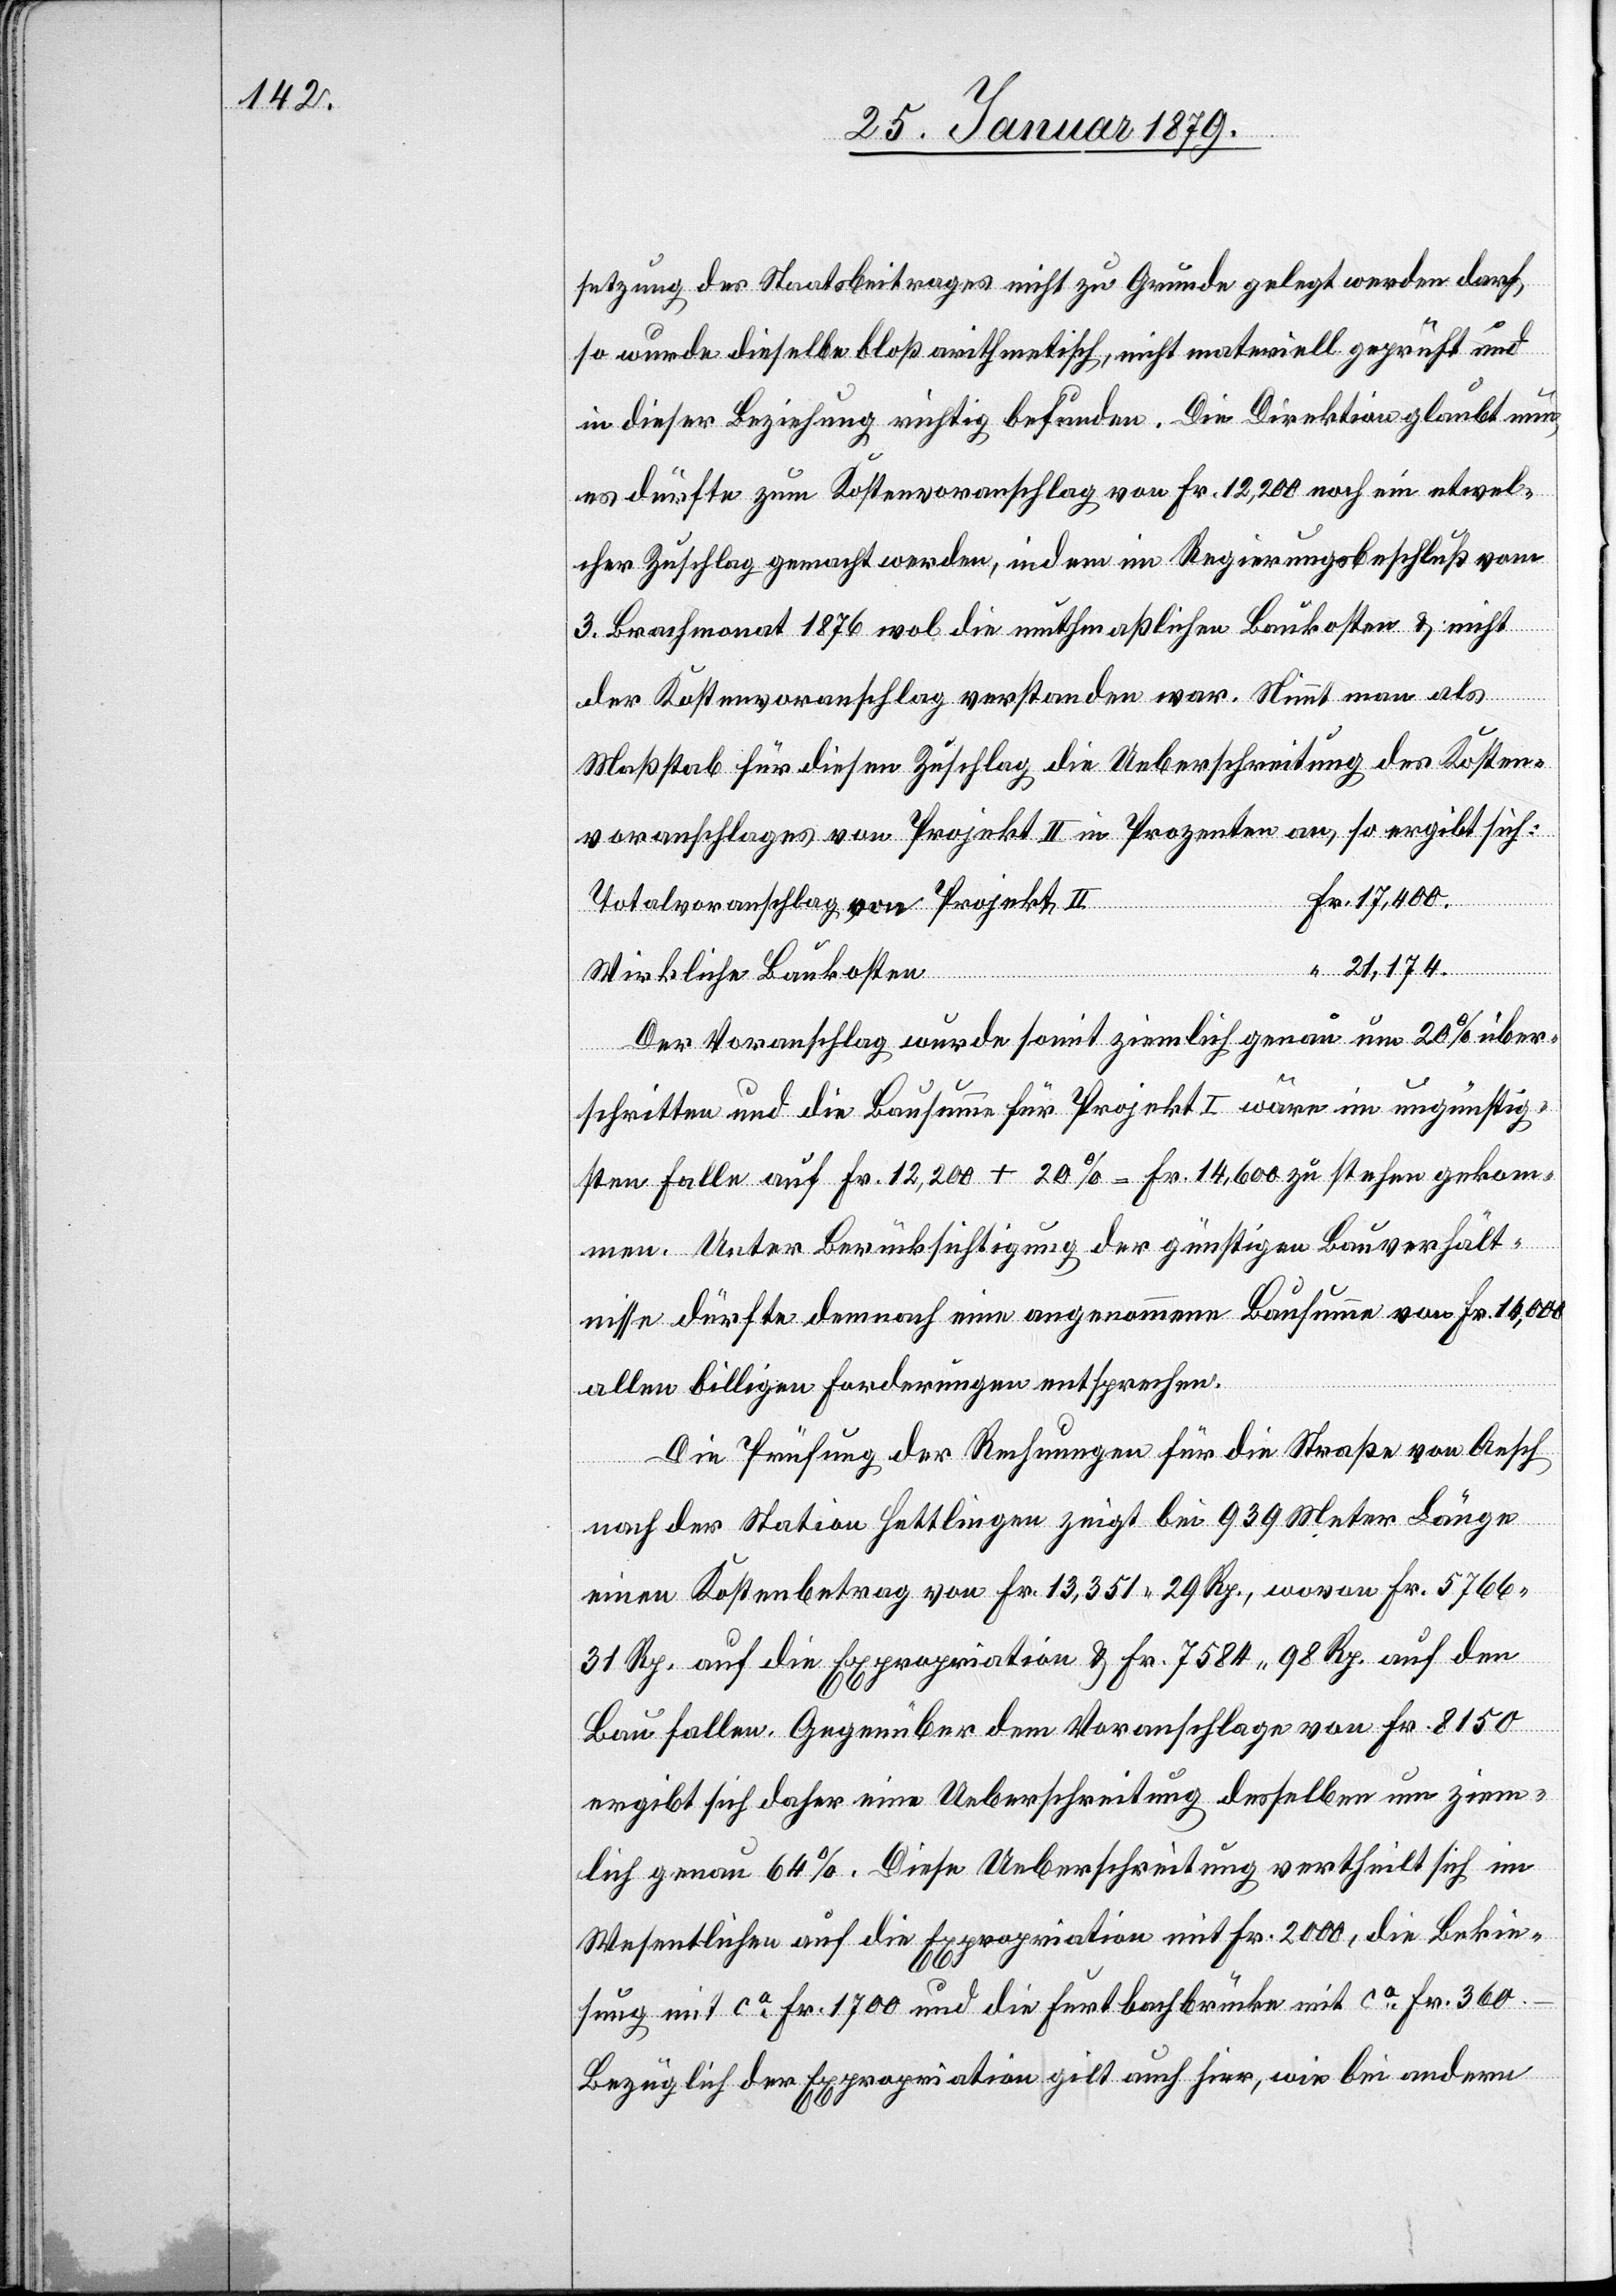
setzung des Staatsbeitrages nicht zu Grunde gelegt werden darf,
so wurde dieselbe bloß arithmetisch, nicht materiell geprüft und
in dieser Beziehung richtig befunden. Die Direktion glaubt nun,
es dürfte zum Kostenvoranschlag von Fr. 12,200 noch ein etwel¬
cher Zuschlag gemacht werden, indem im Regierungsbeschluß vom
3. Brachmonat 1876 wol die muthmaßlichen Baukosten & nicht
der Kostenvoranschlag verstanden war. Nimmt man als
Maßstab für diesen Zuschlag die Ueberschreitung des Kosten¬
voranschlages von Projekt II in Prozenten an, so ergibt sich:
Totalvoranschlag von Projekt II
Fr.
Wirkliche Baukosten
der Voranschlag wurde somit ziemlich genau um 20% über¬
schritten und die Bausumme für Projekt I wäre im ungünstig¬
sten Falle auf Fr. 12,200 + 20% = 14,600 zu stehen gekom¬
men. Unter Berücksichtigung der günstigen Bauverhält¬
nisse dürfte demnach eine angenommene Bausumme von Fr. 14,000
allen billigen Forderungen entsprechen.
Die Prüfung der Rechnungen für die Straße von Aesch
nach der Station Hettlingen zeigt bei 939 Meter Länge
einen Kostenbetrag von Fr. 13,351 29 Rp., wovon Fr. 5766
31 Rp. auf die Expropriation & Fr. 7584 98 Rp. auf den
Bau fallen. Gegenüber dem Voranschlage von Fr. 8150
ergibt sich daher eine Ueberschreitung desselben um ziem¬
lich genau 64%. Diese Ueberschreitung vertheilt sich im
Wesentlichen auf die Expropriation mit Fr. 2000, die Bekie¬
sung mit ca Fr. 1700 und die Furtbachbrücke mit ca Fr. 360.
Bezüglich der Expropriation gilt auch hier, wie bei andern